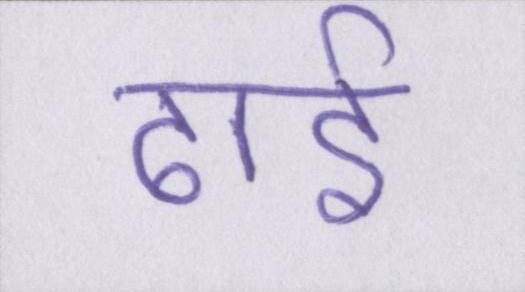
ढ़ाई